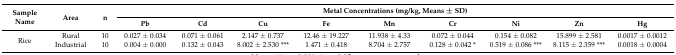
<table><thead><tr><td rowspan="2"><b>Sample Name</b></td><td rowspan="2"><b>Area</b></td><td rowspan="2"><b>n</b></td><td colspan="9"><b>Metal Concentrations (mg/kg, Means ± SD)</b></td></tr><tr><td><b>Pb</b></td><td><b>Cd</b></td><td><b>Cu</b></td><td><b>Fe</b></td><td><b>Mn</b></td><td><b>Cr</b></td><td><b>Ni</b></td><td><b>Zn</b></td><td><b>Hg</b></td></tr></thead><tbody><tr><td rowspan="2">Rice</td><td>Rural</td><td>10</td><td>0.027 ± 0.034</td><td>0.071 ± 0.061</td><td>2.147 ± 0.737</td><td>12.46 ± 19.227</td><td>11.938 ± 4.33</td><td>0.072 ± 0.044</td><td>0.154 ± 0.082</td><td>15.899 ± 2.581</td><td>0.0017 ± 0.0012</td></tr><tr><td>Industrial</td><td>10</td><td>0.004 ± 0.000</td><td>0.132 ± 0.043</td><td>8.002 ± 2.530 ***</td><td>1.471 ± 0.418</td><td>8.704 ± 2.757</td><td>0.128 ± 0.042 *</td><td>0.519 ± 0.086 ***</td><td>8.115 ± 2.359 ***</td><td>0.0018 ± 0.0004</td></tr></tbody></table>